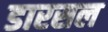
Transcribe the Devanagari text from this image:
डारसल